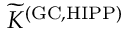
{ \widetilde K } ^ { \mathrm { ( G C , H I P P ) } }